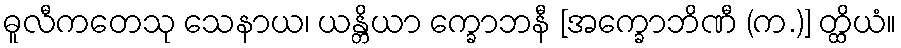
ဓူလီကတေသု သေနာယ၊ ယန္တိယာ က္ခောဘနီ [အက္ခောဘိဏီ (က.)] တ္ထိယံ။